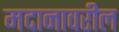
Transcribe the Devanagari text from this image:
मदानावरील